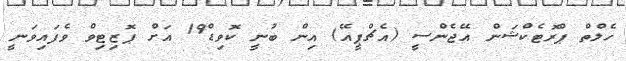
ހެލްތް ޕްރޮޓެކްޝަން އޭޖެންސީ (އެޗްޕީއޭ) އިން ބުނީ ކޮވިޑް19 އަށް ޕޮޒިޓިވް ވެފައިވަނީ